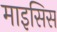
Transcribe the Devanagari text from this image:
माइसिस